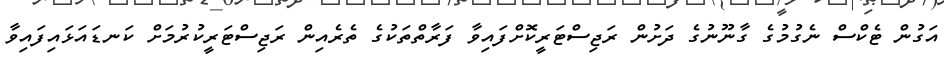
އަގުން ޓެކްސް ނެގުމުގެ ގާނޫނުގެ ދަށުން ރަޖިސްޓަރީކޮށްފައިވާ ފަރާތްތަކުގެ ތެރެއިން ރަޖިސްޓަރީކުރުމަށް ކަނޑައަޅައިފައިވާ